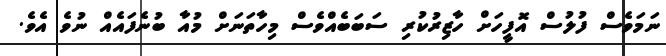
ނަމަވެސް ފުލުސް އޮފީހަށް ހާޒިރުކުރި ސަބަބެއްވެސް މިހާތަނަށް މުއާ ބުނެފައެއް ނުވެ އެވެ.